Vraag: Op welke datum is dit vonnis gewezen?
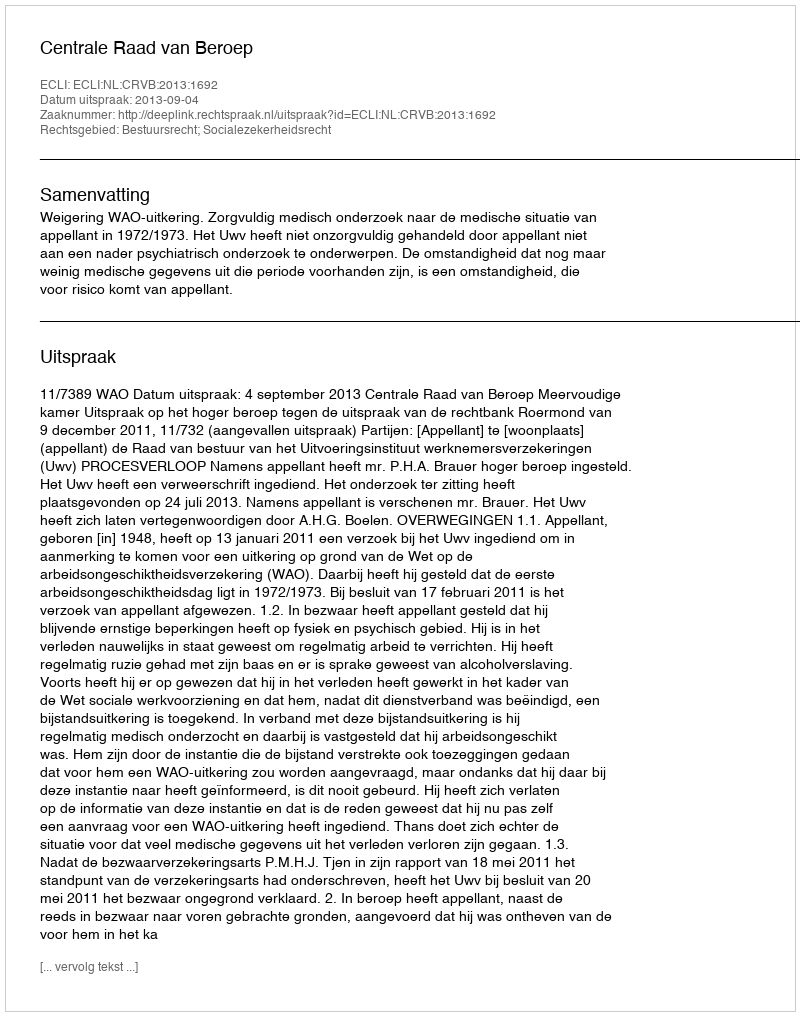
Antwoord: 2013-09-04